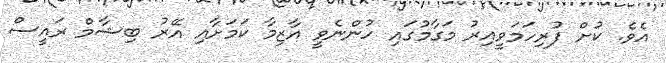
އެވެ. ކުށް ފުރިހަމަވީއިރު މަގާމުގައި ހުންނެވީ އާޒިމާ ކަމަށާއި އޭރު ބިޝާމް ރައީސް